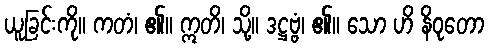
ယူခြင်းကို။ ကတံ၊ ၏။ ဣတိ၊ သို့။ ဒဋ္ဌဗ္ဗံ၊ ၏။ သော ဟိ နိဝုတော